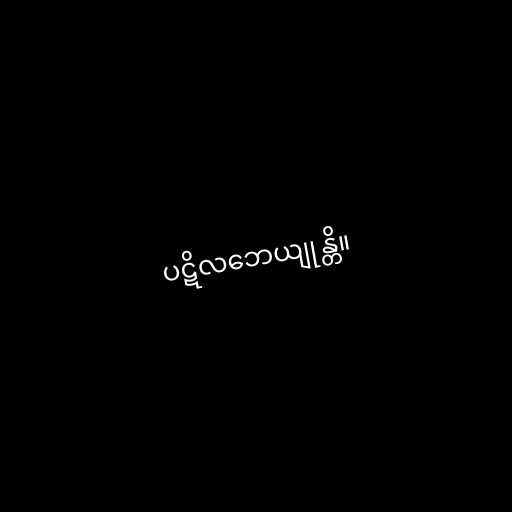
ပဋိလဘေယျုန္တိ။